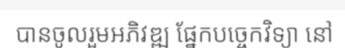
បានចូលរួមអភិវឌ្ឍ ផ្នែកបច្ចេកវិទ្យា នៅ